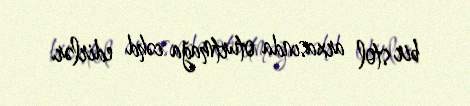
bir stol arxasında oturtmağa cəhd edirlər.